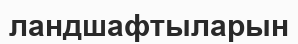
ландшафтыларын